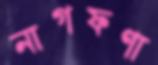
নাগফণা